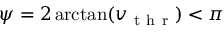
\psi = 2 \arctan ( v _ { \mathrm { ~ t ~ h ~ r ~ } } ) < \pi